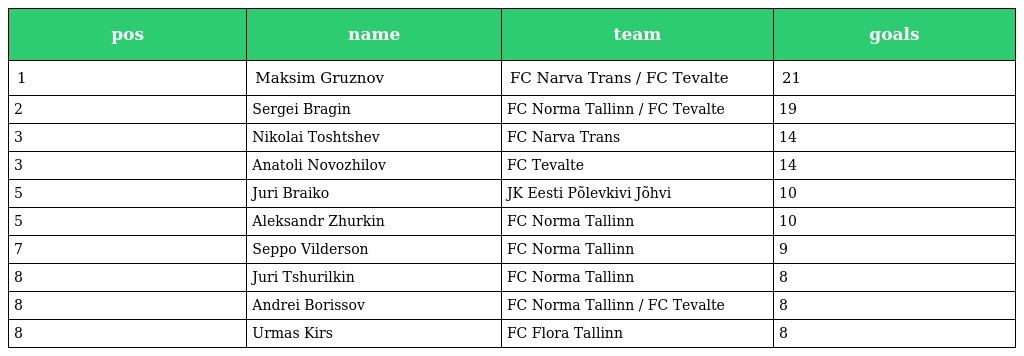
| pos | name | team | goals |
 | --- | --- | --- | --- |
 | 1 | Maksim Gruznov | FC Narva Trans / FC Tevalte | 21 |
 | 2 | Sergei Bragin | FC Norma Tallinn / FC Tevalte | 19 |
 | 3 | Nikolai Toshtshev | FC Narva Trans | 14 |
 | 3 | Anatoli Novozhilov | FC Tevalte | 14 |
 | 5 | Juri Braiko | JK Eesti Põlevkivi Jõhvi | 10 |
 | 5 | Aleksandr Zhurkin | FC Norma Tallinn | 10 |
 | 7 | Seppo Vilderson | FC Norma Tallinn | 9 |
 | 8 | Juri Tshurilkin | FC Norma Tallinn | 8 |
 | 8 | Andrei Borissov | FC Norma Tallinn / FC Tevalte | 8 |
 | 8 | Urmas Kirs | FC Flora Tallinn | 8 |